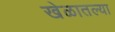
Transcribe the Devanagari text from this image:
खेळातल्या